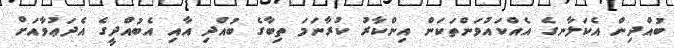
ބުއްދިން އެކަލާނގެ އެއްކައުވަންތަކަން އިންކާރު ކުރާނަމަ ތިބާގެ ބުއްދި އާއި އެބުއްދީގެ އެދަޢުވާއަށް